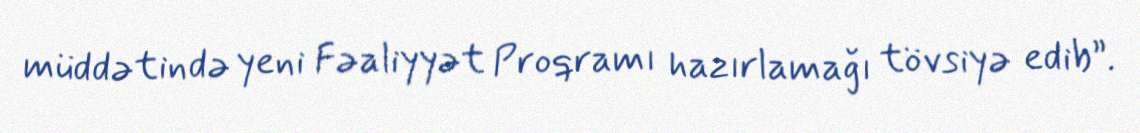
müddətində yeni Fəaliyyət Proqramı hazırlamağı tövsiyə edib”.